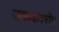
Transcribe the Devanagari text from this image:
जाळ्यावरी।।